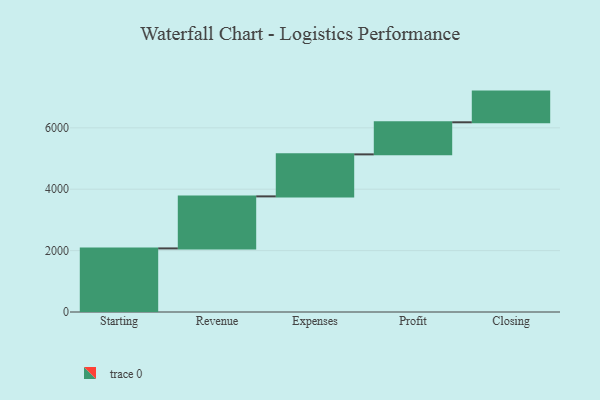
{"axis": {"x": "Step", "y": "Value"}, "legend": [""], "data": [{"x": "Starting", "y": 2072.0, "type": ""}, {"x": "Revenue", "y": 1695.0, "type": ""}, {"x": "Expenses", "y": 1369.0, "type": ""}, {"x": "Profit", "y": 1045.0, "type": ""}, {"x": "Closing", "y": 1000, "type": ""}]}